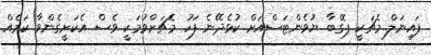
ފައިނަލް މެޗަކީ ޕޮގްބާ ޔުވެންޓަސްއަށް ކުޅެދޭނެ ފަހު މެޗަށްވުމަކީ ވެސް އެކަށީގެންވާ ކަމެއް